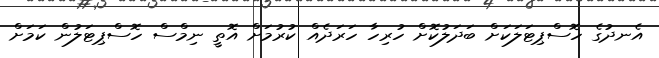
އެނދުގެ ހޮސްޕިޓަލަކަށް ބަދަލުކޮށް ހުރިހާ ހަރަދެއް ކުރުމަށް އޮތީ ނިމްސް ހޮސްޕިޓަލުން ކަމަށް